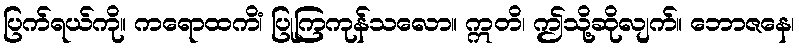
ပြက်ရယ်ကို။ ကရောထကိံ၊ ပြုကြကုန်သလော။ ဣတိ၊ ဤသို့ဆိုလျက်။ ဘောဇနေ၊